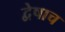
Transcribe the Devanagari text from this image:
द्वेषाच